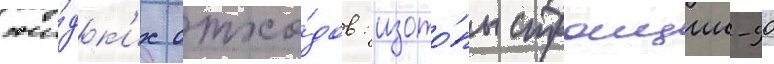
жи́дк'их отхо́дов: изото́пы стронции-90